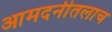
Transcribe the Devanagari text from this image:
आमदनीतलाच